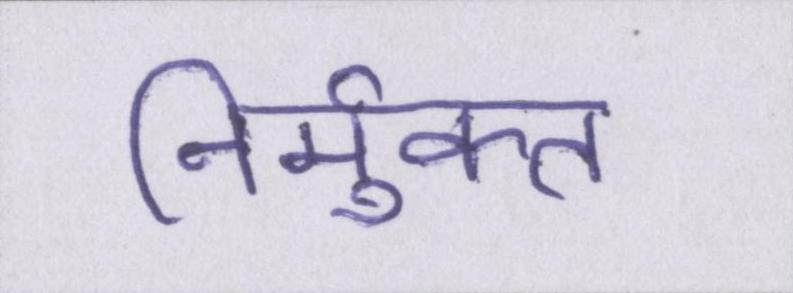
निर्मुक्त